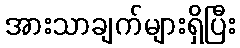
အားသာချက်များရှိပြီး